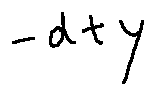
- d + y